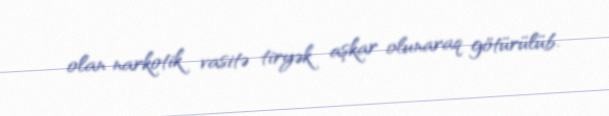
olan narkotik vasitə tiryək aşkar olunaraq götürülüb.